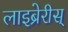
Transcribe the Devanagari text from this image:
लाइब्रेरीस्